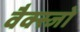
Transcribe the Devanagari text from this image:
वैक्स्जो